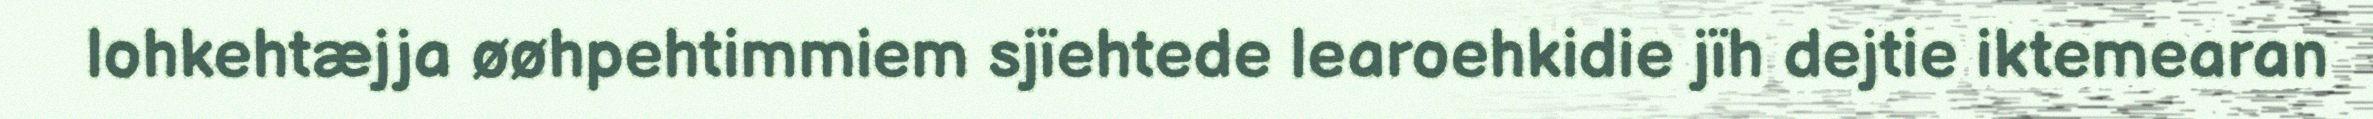
lohkehtæjja øøhpehtimmiem sjïehtede learoehkidie jïh dejtie iktemearan